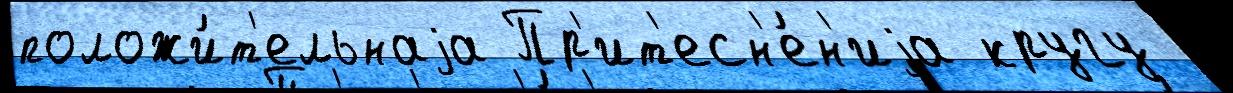
положи́т'ельнаjа Пр'ит'есн'е́н'иjа кругу